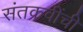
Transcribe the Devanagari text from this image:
संतकवींची